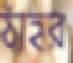
ঠাহর